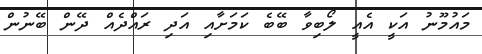
މައުމޫނު އަކީ އެއީ ލޯބިވާ ބޭބެ ކަމަށާއި އަދި ރައްދެއް ދޭން ބޭނުން